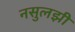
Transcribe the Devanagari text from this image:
नसुलझी